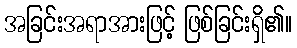
အခြင်းအရာအားဖြင့် ဖြစ်ခြင်းရှိ၏။